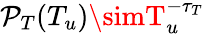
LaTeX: \mathcal{P}_{T}(T_{u})\simT_{u}^{-\tau_{T}}